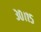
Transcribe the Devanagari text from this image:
३०।१५